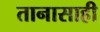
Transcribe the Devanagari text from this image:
तानासाही